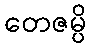
တေဇမ္ပိ